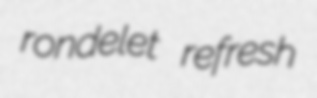
rondelet refresh